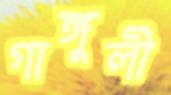
গাঙ্গুলী